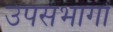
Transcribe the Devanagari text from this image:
उपसंभागों